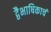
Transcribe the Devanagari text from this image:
द्वैभाषिकाचं